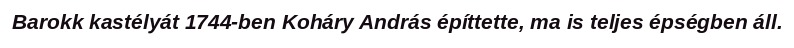
Barokk kastélyát 1744-ben Koháry András építtette, ma is teljes épségben áll.